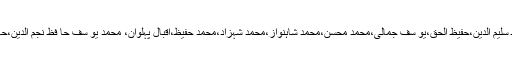
اس موقع پر ان کے ہمراہ سا بق کو نسلر حافظ سلیم الدین،حفیظ الحق،یو سف جمالی،محمد محسن،محمد شاہنواز،محمد شہزاد،محمد حفیظ،اقبال پہلوان، محمد یو سف حا فظ نجم الدین،حاجی اقبالاور محمد یحیی کے نام قابل ذکر ہیں۔